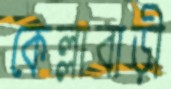
কেল্লাবাড়ী